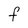
Character: F